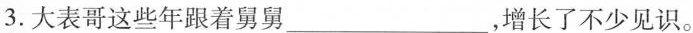
3.大表哥这些年跟着舅舅___，增长了不少见识。